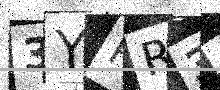
Text: 3YPR3P